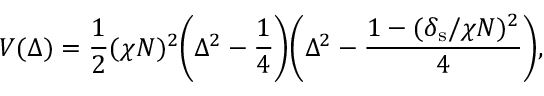
V ( \Delta ) = \frac { 1 } { 2 } ( \chi N ) ^ { 2 } \bigg ( \Delta ^ { 2 } - \frac { 1 } { 4 } \bigg ) \bigg ( \Delta ^ { 2 } - \frac { 1 - ( \delta _ { \mathrm { s } } / \chi N ) ^ { 2 } } { 4 } \bigg ) ,